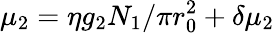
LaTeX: \mu_{2}=\eta g_{2}N_{1}/\pi r_{0}^{2}+\delta\mu_{2}